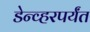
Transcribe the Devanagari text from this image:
डेन्व्हरपर्यंत